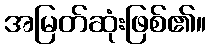
အမြတ်ဆုံးဖြစ်၏။